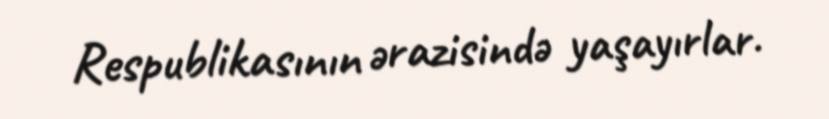
Respublikasının ərazisində yaşayırlar.